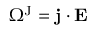
\Omega ^ { \mathrm { J } } = \mathbf { j } \cdot \mathbf { E }